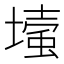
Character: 𡐬